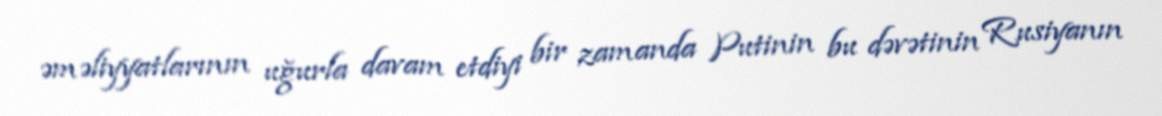
əməliyyatlarının uğurla davam etdiyi bir zamanda Putinin bu dəvətinin Rusiyanın